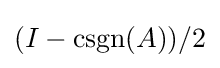
(I-\operatorname {csgn} (A))/2